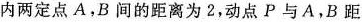
内两定点A，B间的距离为2，动点P与A，B距